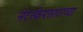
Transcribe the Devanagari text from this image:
नेटस्केपसारख्या